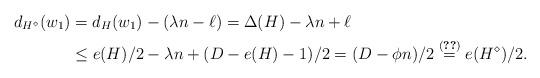
LaTeX: \begin{align*}d_{H^{\diamond}}(w_1) & = d_{H}(w_1) - (\lambda n - \ell) = \Delta(H) - \lambda n + \ell \\& \le e(H)/2 - \lambda n + (D - e(H)-1)/2 = (D- \phi n )/ 2 \stackrel{\eqref{eqn:eHdia}}{=} e( H^{\diamond} )/2. \end{align*}